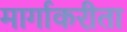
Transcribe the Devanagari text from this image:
मार्गाकरीता